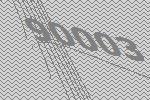
90003